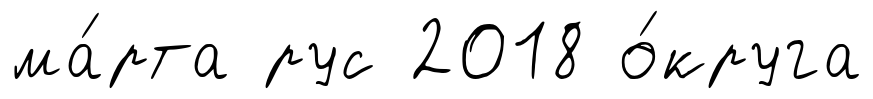
ма́рта рус 2018 о́круга